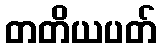
တတိယပတ်